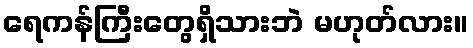
ရေကန်ကြီးတွေရှိသားဘဲ မဟုတ်လား။